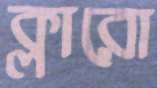
ক্লারো